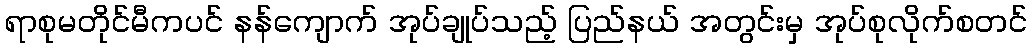
ရာစုမတိုင်မီကပင် နန်ကျောက် အုပ်ချုပ်သည့် ပြည်နယ် အတွင်းမှ အုပ်စုလိုက်စတင်